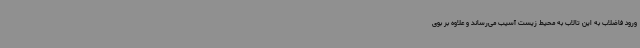
ورود فاضلاب به این تالاب به محیط زیست آسیب می‌رساند و علاوه بر بوی